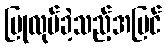
ပြုလုပ်ခဲ့သည့်အပြင်